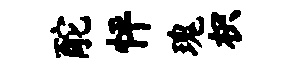
酡怦瑰枳